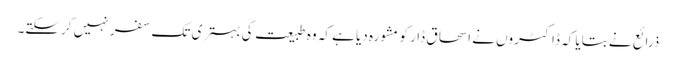
ذرائع نے بتایا کہ ڈاکٹروں نے اسحاق ڈار کو مشورہ دیا ہے کہ وہ طبیعت کی بہتری تک سفر نہیں کرسکتے۔